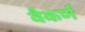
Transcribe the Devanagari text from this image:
वैकर्ण